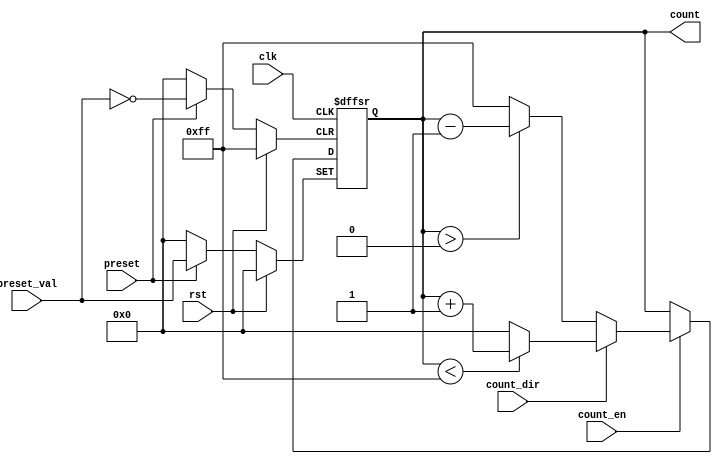
module presettable_counter (
    input clk,                // Clock signal
    input rst,                // Asynchronous reset
    input preset,             // Asynchronous preset signal
    input [N-1:0] preset_val, // Value to load into the counter
    input count_en,          // Count enable signal
    input count_dir,         // Count direction: 1 for up, 0 for down
    output reg [N-1:0] count // Current counter value
);

    parameter N = 8; // Width of the counter, can be adjusted

    always @(posedge clk or posedge rst or posedge preset) begin
        if (rst) begin
            // Reset the counter to zero
            count <= 0;
        end else if (preset) begin
            // Load the preset value
            count <= preset_val;
        end else if (count_en) begin
            // Increment or decrement based on count direction
            if (count_dir) begin
                // Increment counting
                if (count < (1 << N) - 1) begin
                    count <= count + 1; // Increment and wrap-around
                end else begin
                    count <= 0; // Wrap around to zero
                end
            end else begin
                // Decrement counting
                if (count > 0) begin
                    count <= count - 1; // Decrement and wrap-around
                end else begin
                    count <= (1 << N) - 1; // Wrap around to max value
                end
            end
        end
    end

endmodule